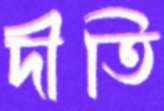
দীতি